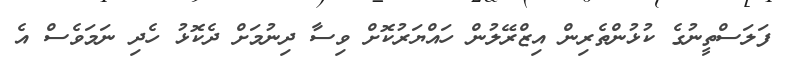
ފަލަސްތީނުގެ ކުޅުންތެރިން އިޒްރޭލުން ހައްޔަރުކޮށް ވިސާ ދިނުމަށް ދެކޮޅު ހެދި ނަމަވެސް އެ